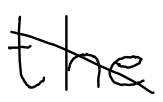
Text: the
Cross-out: diagonal
Writing tool: digital_black